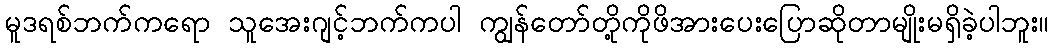
မူဒရစ်ဘက်ကရော သူအေးဂျင့်ဘက်ကပါ ကျွန်တော်တို့ကိုဖိအားပေးပြောဆိုတာမျိုးမရှိခဲ့ပါဘူး။